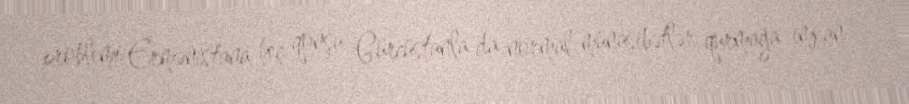
problemi Ermənistana heç qonşu Gürcüstanla da normal münasibətlər qurmağa imkan